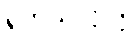
ရှက်သလိုလို